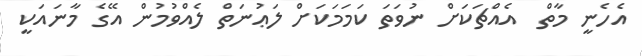
އެހެނީ މާތް  އެއްޗަކަށް ނުވަތަ ކަމަމަކަށް ލަޢުނަތް ލެއްވުމުން އޭގެ މާނައަކީ